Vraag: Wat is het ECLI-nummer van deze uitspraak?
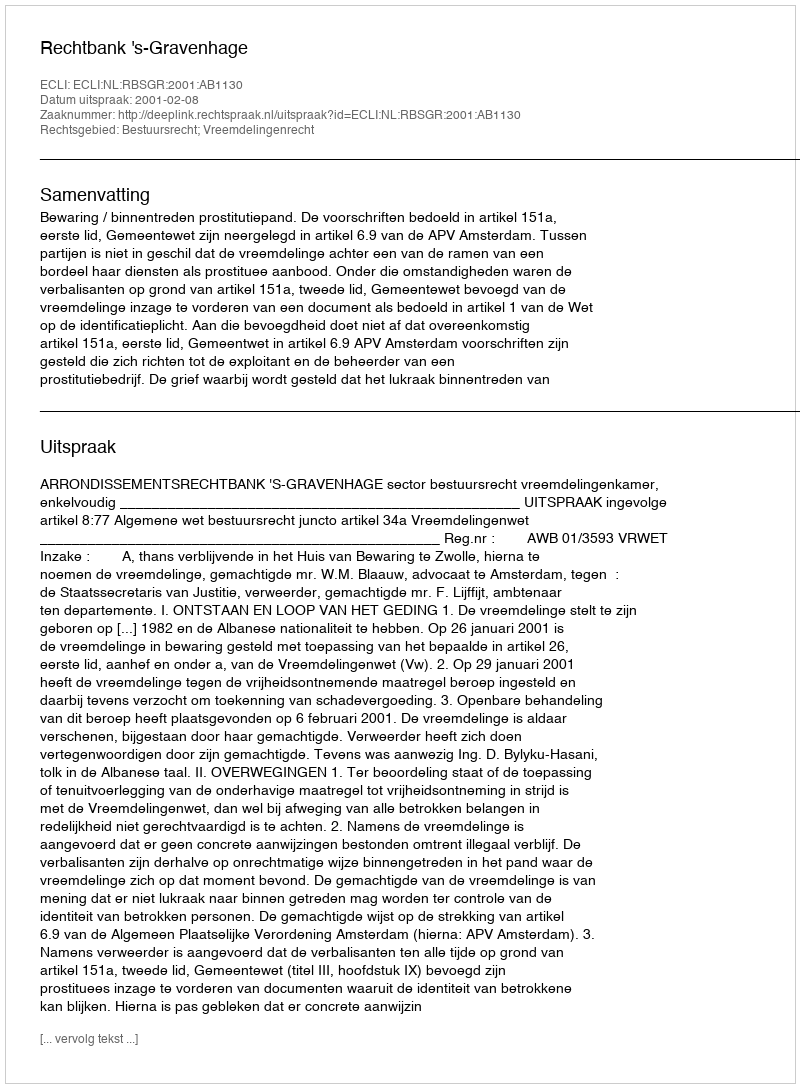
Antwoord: ECLI:NL:RBSGR:2001:AB1130